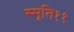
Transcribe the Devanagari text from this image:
स्मृति११